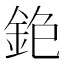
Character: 𨥹